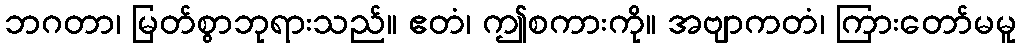
ဘဂတာ၊ မြတ်စွာဘုရားသည်။ ဧတံ၊ ဤစကားကို။ အဗျာကတံ၊ ကြားတော်မမူ